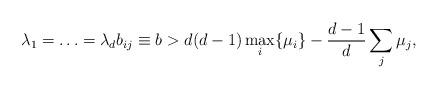
LaTeX: \begin{align*}\lambda_1=\ldots=\lambda_d b_{ij}\equiv b>d(d-1)\max_i\{\mu_i\}-\frac{d-1}{d}\sum_j \mu_j,\end{align*}